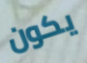
يكون